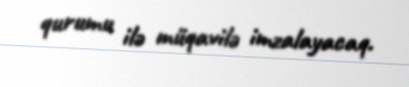
qurumu ilə müqavilə imzalayacaq.